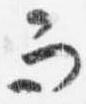
而